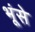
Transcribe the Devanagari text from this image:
भूंसे